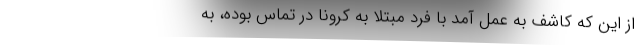
از این که کاشف به عمل آمد با فرد مبتلا به کرونا در تماس بوده، به